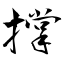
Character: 撑